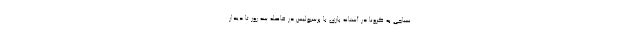
نساجی به کرونا در آستانه بازی با پرسپولیس در فاصله سه روز تا دیدار